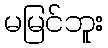
မမြင်ဘူး